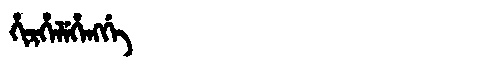
Manchu: ᡥᡳᡵᡥᡝᠯᡝᡥᡝᠩᡤᡝ
Romanization: HIRHELEHENGGE